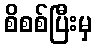
စိစစ်ပြီးမှ